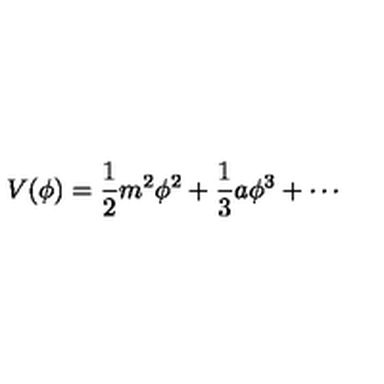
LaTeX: V ( \phi ) = \frac { 1 } { 2 } m ^ { 2 } \phi ^ { 2 } + \frac { 1 } { 3 } a \phi ^ { 3 } + \cdots